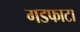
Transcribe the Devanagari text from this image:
गडफाटा